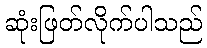
ဆုံးဖြတ်လိုက်ပါသည်